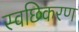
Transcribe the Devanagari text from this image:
स्वछिकरण